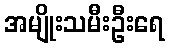
အမျိုးသမီးဦးရေ